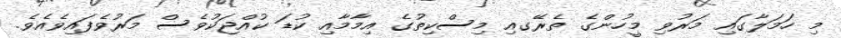
މި ހަމަލާގައި މަރުވި މީހުންގެ ތެރޭގއި މިސްކިތުގެ އިމާމާއި ކުޑަ ކުއްޖަކުވެސް މަރުވެފައިވެއެވެ.